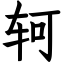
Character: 轲